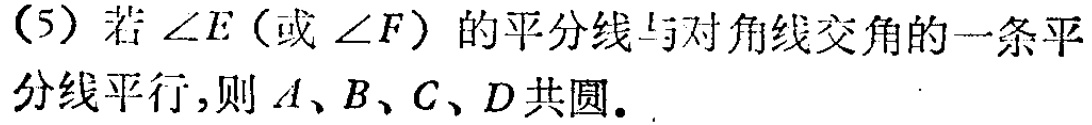
（5）若\(\angle E\)（或\(\angle F\)）的平分线与对角线交角的一条平分线平行，则\(A、B、C、D\)共圆。